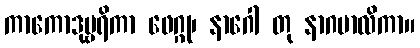
ကာကောဒုမ္ဗရိကာ ဖေဂ္ဂု၊ နာဂေါ တု နာဂမာလိကာ။